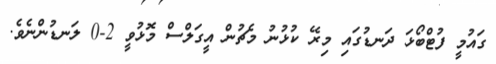
ގައުމީ ފުޓްބޯޅަ ދަނޑުގައި މިރޭ ކުޅުނު މެޗުން އީގަލްސް މޮޅުވީ 2-0 ލަނޑުންނެވެ.